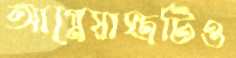
আগ্নেয়াস্ত্রটিও